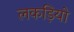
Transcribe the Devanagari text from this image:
लकड़ियो